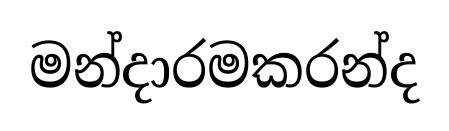
මන්දාරමකරන්ද